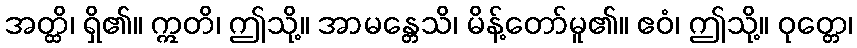
အတ္ထိ၊ ရှိ၏။ ဣတိ၊ ဤသို့။ အာမန္တေသိ၊ မိန့်တော်မူ၏။ ဧဝံ၊ ဤသို့။ ဝုတ္တေ၊